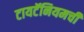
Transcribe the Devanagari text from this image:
टायटॅनियमची